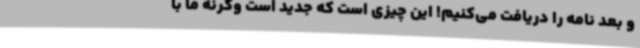
و بعد نامه را دریافت می‌کنیم! این چیزی است که جدید است وگرنه ما با